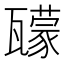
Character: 𤮠